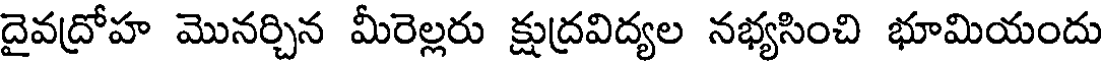
దైవద్రోహ మొనర్చిన మీరెల్లరు క్షుద్రవిద్యల నభ్యసించి భూమియందు